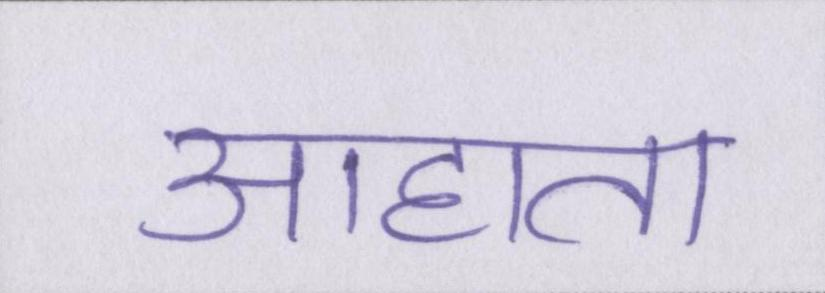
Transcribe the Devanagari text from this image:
आहाता